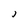
Character: j